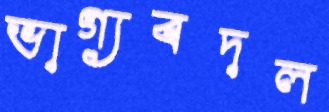
ভাগ্যবদল